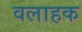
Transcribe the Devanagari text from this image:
वलाहक